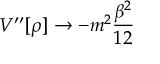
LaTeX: V ^ { \prime \prime } [ \rho ] \rightarrow - m ^ { 2 } \frac { \beta ^ { 2 } } { 1 2 }